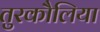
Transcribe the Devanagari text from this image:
तुरकौलिया